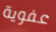
عفوية